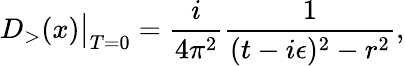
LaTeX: D_{>}(x)\big|_{T=0}={\frac{i}{4\pi^{2}}}{\frac{1}{(t-i\epsilon)^{2}-r^{2}}},